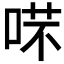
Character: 𠶙